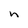
Character: n